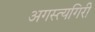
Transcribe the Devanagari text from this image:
अगस्त्यगिरी